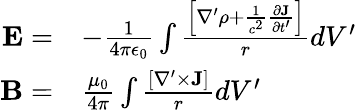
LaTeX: \begin{array}{rl}{{\mathbf E}=}&{-\frac{1}{4\pi\epsilon_{0}}\int\frac{\left[\nabla^{\prime}\rho+\frac{1}{c^{2}}\frac{\partial{\mathbf J}}{\partial t^{\prime}}\right]}{r}dV^{\prime}}\\ {{\mathbf B}=}&{\frac{\mu_{0}}{4\pi}\int\frac{[\nabla^{\prime}\times{\mathbf J}]}{r}dV^{\prime}}\end{array}